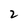
Character: 2